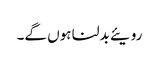
رویئے بدلنا ہوں گے۔